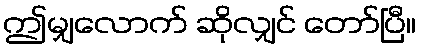
ဤမျှလောက် ဆိုလျှင် တော်ပြီ။